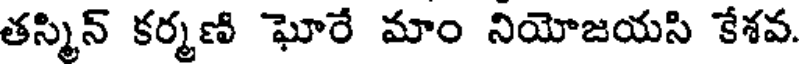
తస్మిన్ కర్మణి ఘోరే మాం నియోజయసి కేశవ.